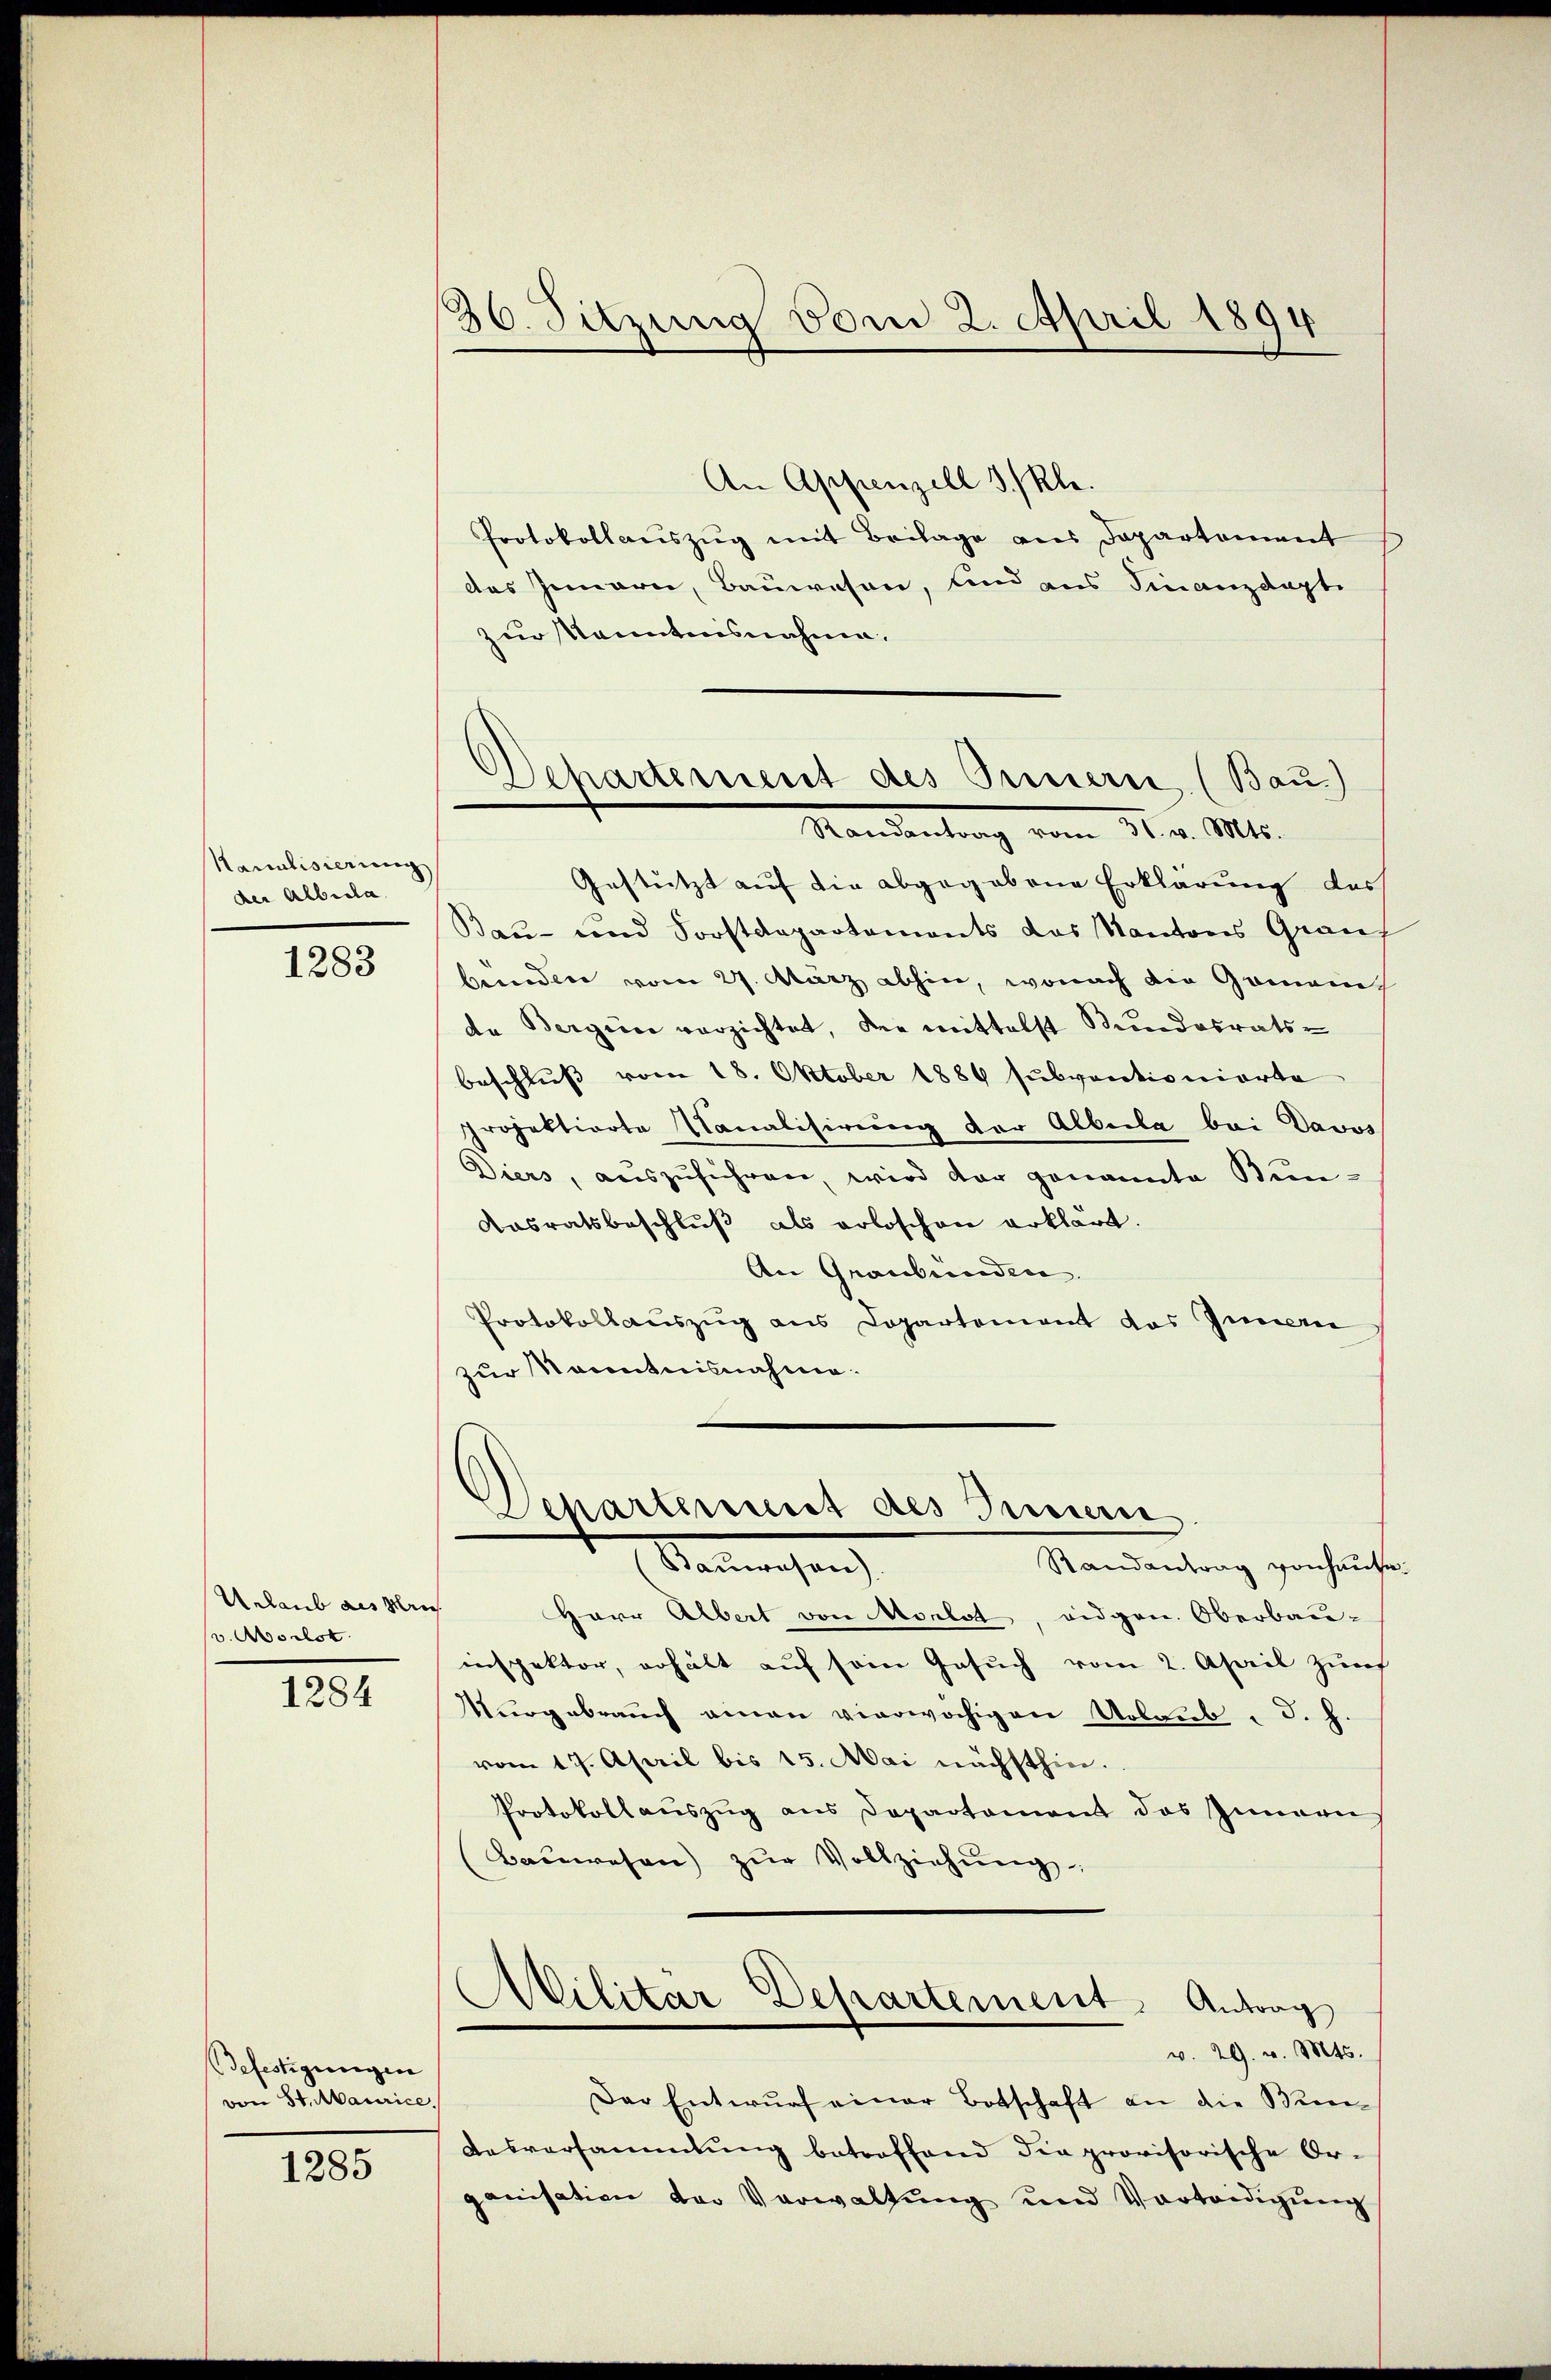
Kanalisierung
der Albida.

1283

Urlaub als Mic
v. Morlot

1284

Befestigungen
von St. Maurice.

1285

36. Sitzung vom 2. April 1894

An Appenzell I. Kl.
Protokollaŭszŭg mit Beilage aus Departement
das Zimmern, Bauwesen, und aus Finanzdagte
zur Kenntnisnahme.
Gestützt auf die abgegebene Erklärung des
Bau- und Forstdepartements das Kantons Grauz
beccedene vom 27. März abhin, wonach die Gemein
de Bergeine verzichtet, der mittelst Kundesrats-
beschluß vom 18. Oktober 1884 subventionierte
Projektiorte Nanalisirung der Alberla bei Davos
Diers, auszuführen, wird der genannte Bun¬
Kosratsbeschlŭβ als erloschen erklärt.
An Graubünden.
Protokollauszug aus Departement das Innern
zur Kenntnisnahme.
Departement des Innern
Kaninchen
Randantrag vonhause
Herr Albert von Morlot, eidgen. Oberbau-
inspektor, erhält aŭf sein Gesŭch vom 2. April zürch
Nurgebrauch einen vierwochigen Urlaub. d. h.
vom 17. April bis 15. Mai nächsthin.
Protokollaŭszŭg ans Departement des Innern
(Baŭwesen) zŭr Vollziehŭng
Ailitar Departement. Antrag
v. 29. v. Mts.
Der Entwurf einer Botschaft an die Be-
Aesversammlung betroffend die provisorische Or-
ganisation der Verwaltŭng und Vorteidigŭng

Dechartement des Innern, (Bau.)
Mandentrag vom 31. v. Mts.